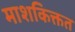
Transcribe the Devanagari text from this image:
माशकिक्तत